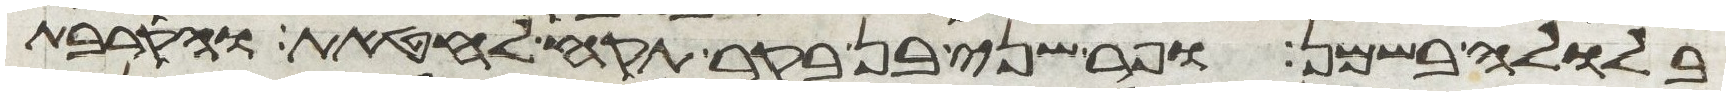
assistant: בלולה בשמן ופר שני בן בקר תקח לחטאת והקרבת